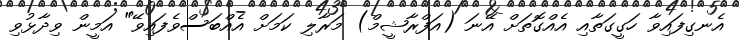
އެނގިފައިވާ ހަގީގަތާއި އެއްގޮތަށް އޭނަ (އަފްރާޝީމް) މަރާލި ކަމަށް އެއްބަސްވެފައިވޭ" އަމީން ވިދާޅުވި